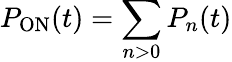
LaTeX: P_{\mathrm{ON}}(t)=\sum_{n>0}P_{n}(t)